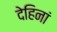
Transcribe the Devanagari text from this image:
देहिनां